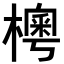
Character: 𣙾